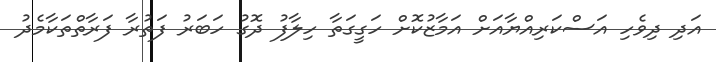
އަދި ދިވެހި އަސްކަރިއްޔާއަށް އަމާޒުކޮށް ހަގީގަތާ ހިލާފު ދޮގު ހަބަރު ފަތުރާ ފަރާތްތަކާމެދު